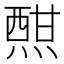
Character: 𤍰